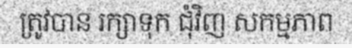
ត្រូវបាន រក្សាទុក ជុំវិញ សកម្មភាព